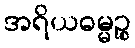
အရိယဓမ္မဉ္စ